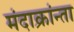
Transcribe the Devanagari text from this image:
मंदाक्रांन्ता